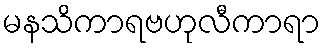
မနသိကာရဗဟုလီကာရာ